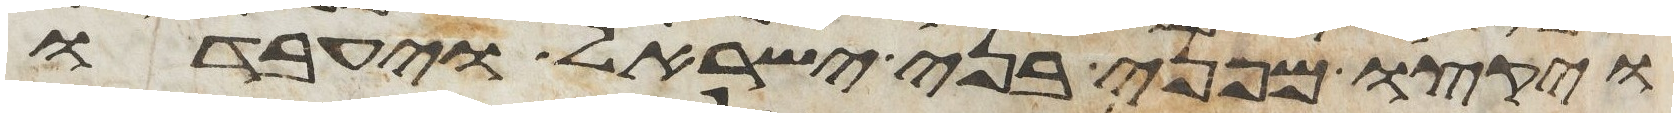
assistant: ויקצו מפני בני ישראל ויעבדו